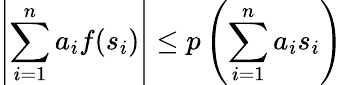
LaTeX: \left|\sum_{i=1}^{n}a_{i}f(s_{i})\right|\leq p\left(\sum_{i=1}^{n}a_{i}s_{i}\right)